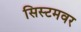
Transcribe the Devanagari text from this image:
सिस्टमवर